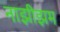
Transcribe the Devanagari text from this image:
नाझीझम